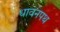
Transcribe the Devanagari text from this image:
धावनपथ